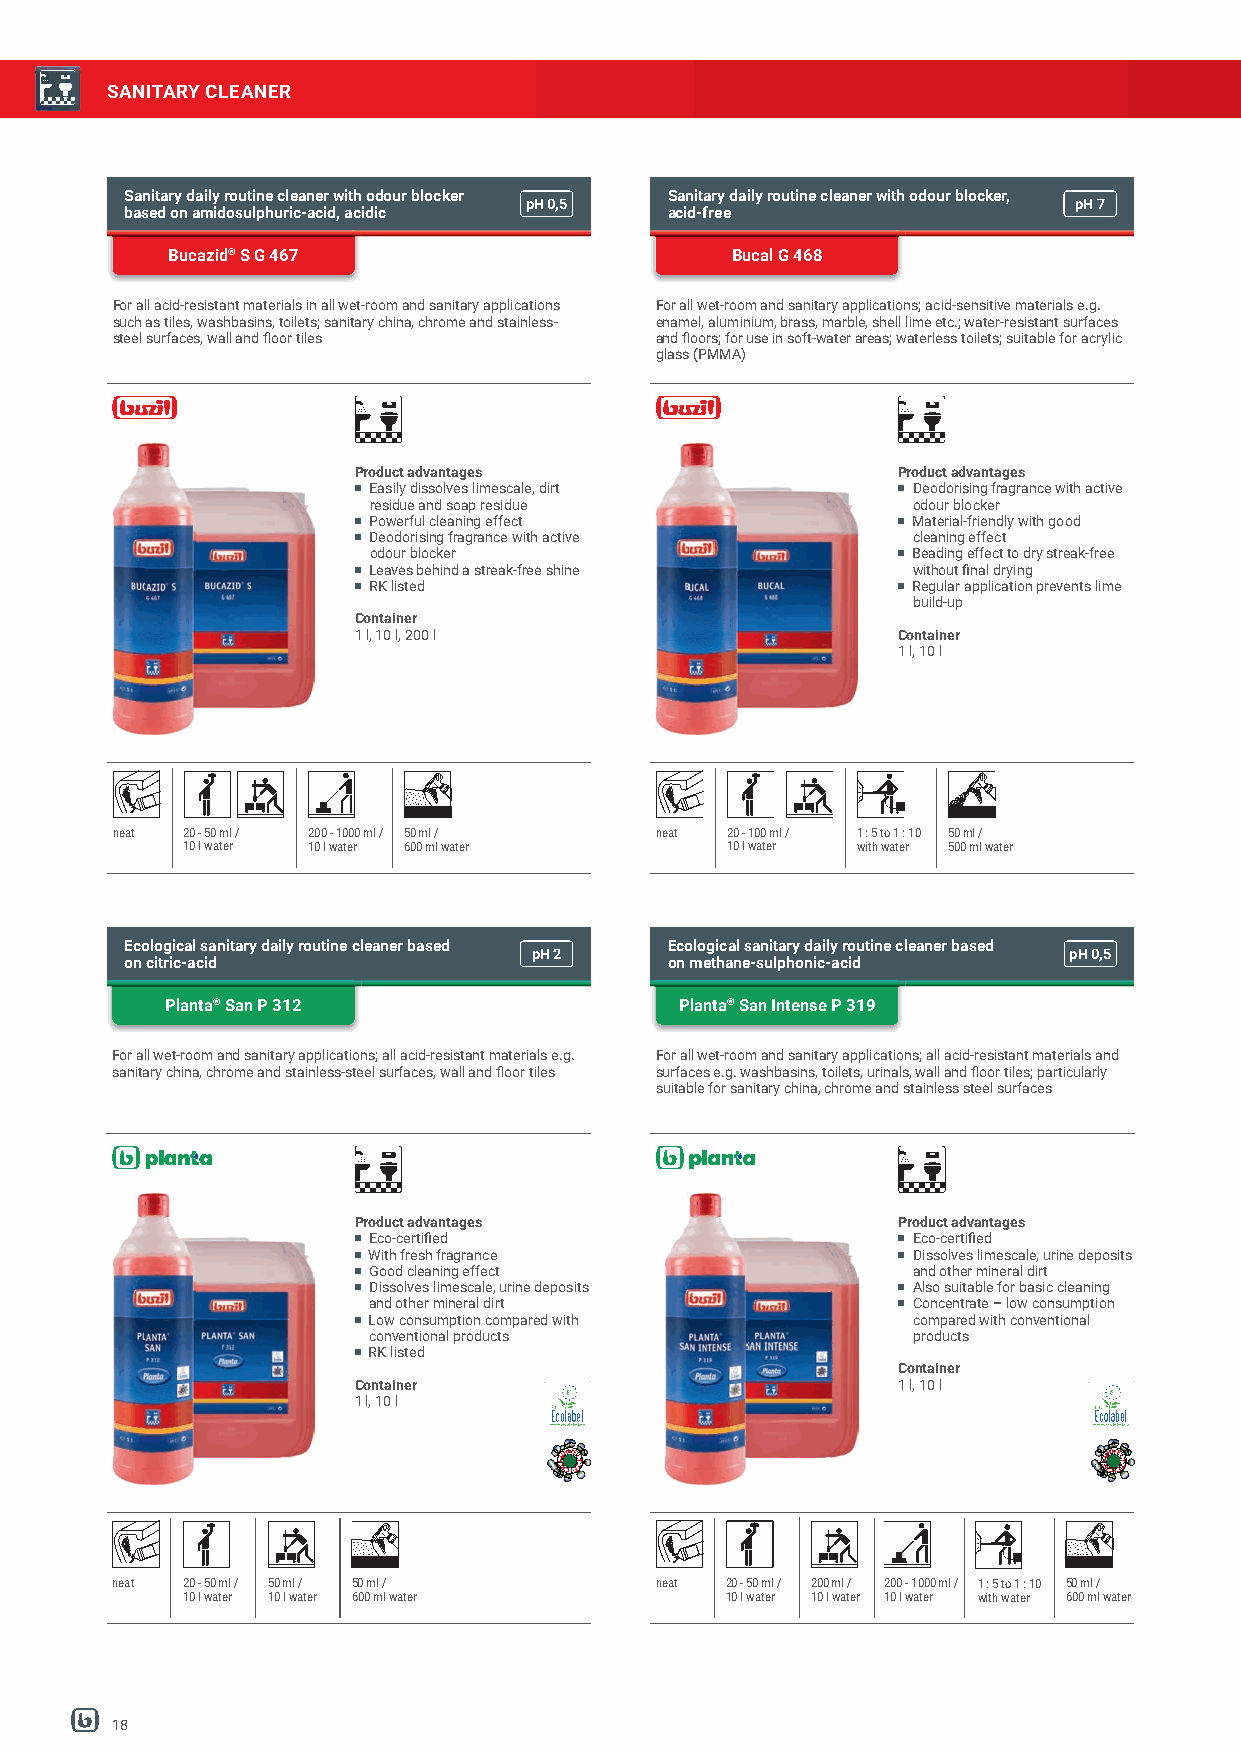
SANITARY CLEANER
 Sanitary daily routine cleaner with odour blocker Sanitary daily routine cleaner with odour blocker,
 pH0,5                               pH7
 based on amidosulphuric-acid, acidic acid-free
 Bucazid® S G 467                     Bucal G 468
 For all acid-resistant materials in all wet-room and sanitary applications For all wet-room and sanitary applications; acid-sensitive materials e.g.
 such as tiles, washbasins, toilets; sanitary china, chrome and stainless- enamel, aluminium, brass, marble, shell lime etc.; water-resistant surfaces
 steel surfaces, wall and fl oor tiles and fl oors; for use in soft-water areas; waterless toilets; suitable for acrylic
 glass (PMMA)
 Product advantages                  Product advantages
 Easily dissolves limescale, dirt    Deodorising fragrance with active
 residue and soap residue            odour blocker
 Powerful cleaning effect            Material-friendly with good
 Deodorising fragrance with active   cleaning effect
 odour blocker                       Beading effect to dry streak-free
 Leaves behind a streak-free shine   without fi nal drying
 RK listed                           Regular application prevents lime
 build-up
 Container
 1 l, 10 l, 200 l                    Container
 1 l, 10 l
 neat 20 - 50 ml / 200 - 1000 ml / 50 ml / neat 20 - 100 ml / 1 : 5 to 1 : 10 50 ml /
 10 l water 10 l water 600 ml water  10 l water with water 500 ml water
 Ecological sanitary daily routine cleaner based Ecological sanitary daily routine cleaner based
 pH2                                 pH0,5
 on citric-acid                      on methane-sulphonic-acid
 Planta® San P 312                 Planta® San Intense P 319
 For all wet-room and sanitary applications; all acid-resistant materials e.g. For all wet-room and sanitary applications; all acid-resistant materials and
 sanitary china, chrome and stainless-steel surfaces, wall and fl oor tiles surfaces e.g. washbasins, toilets, urinals, wall and fl oor tiles; particularly
 suitable for sanitary china, chrome and stainless steel surfaces
 Product advantages                  Product advantages
 Eco-certifi ed                      Eco-certifi ed
 With fresh fragrance                Dissolves limescale, urine deposits
 Good cleaning effect                and other mineral dirt
 Dissolves limescale, urine deposits Also suitable for basic cleaning
 and other mineral dirt              Concentrate – low consumption
 Low consumption compared with       compared with conventional
 conventional products               products
 RK listed
 Container
 Container                           1 l, 10 l
 1 l, 10 l
 neat 20 - 50 ml / 50 ml / 50 ml /   neat 20 - 50 ml / 200 ml / 200 - 1000 ml / 1 : 5 to 1 : 10 50 ml /
 10 l water 10 l water 600 ml water  10 l water 10 l water 10 l water with water 600 ml water
 18